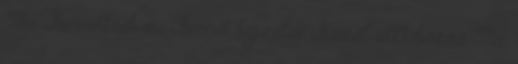
Mr. Bennettnek sic Bennet képzelve. Közel állt hozzá Mr.